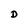
Character: D